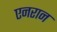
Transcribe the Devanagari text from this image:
एनरान